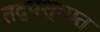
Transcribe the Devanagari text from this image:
तद्पश्चात